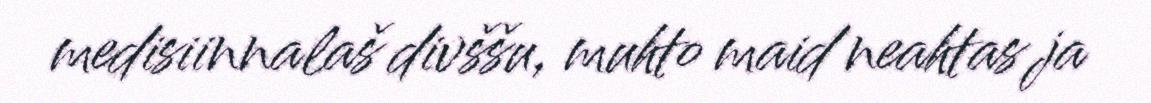
medisiinnalaš divššu, muhto maid neahtas ja